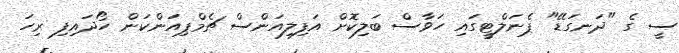
ސީ ގެ "ދަނގަޑޭ" ޕެނަލްޓީގައި ހަވާސް ބަލިކޮށް އަފިލިއަންސް ޗެމްޕިއަންކަން ހޯދައިފި ރިހަ